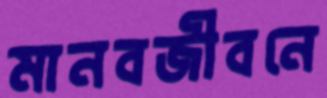
মানবজীবনে